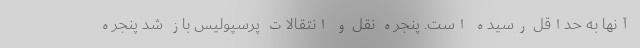
آنها به حداقل رسیده است. پنجره نقل و انتقالات پرسپولیس باز شد پنجره